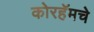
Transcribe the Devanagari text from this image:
कोरहॅमचे